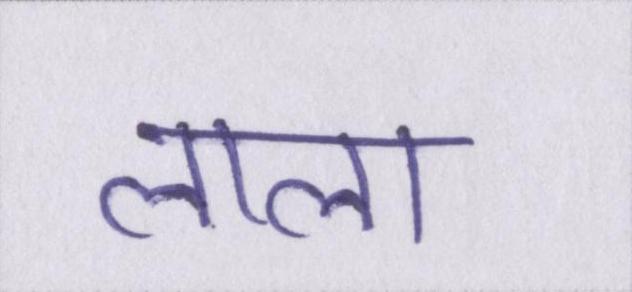
लाला